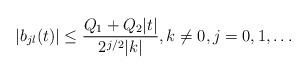
LaTeX: \begin{align*}|b_{jl}(t)| \leq \frac{Q_1+Q_2 |t|}{2^{j/2} |k|},k \neq 0, j=0,1, \ldots \end{align*}